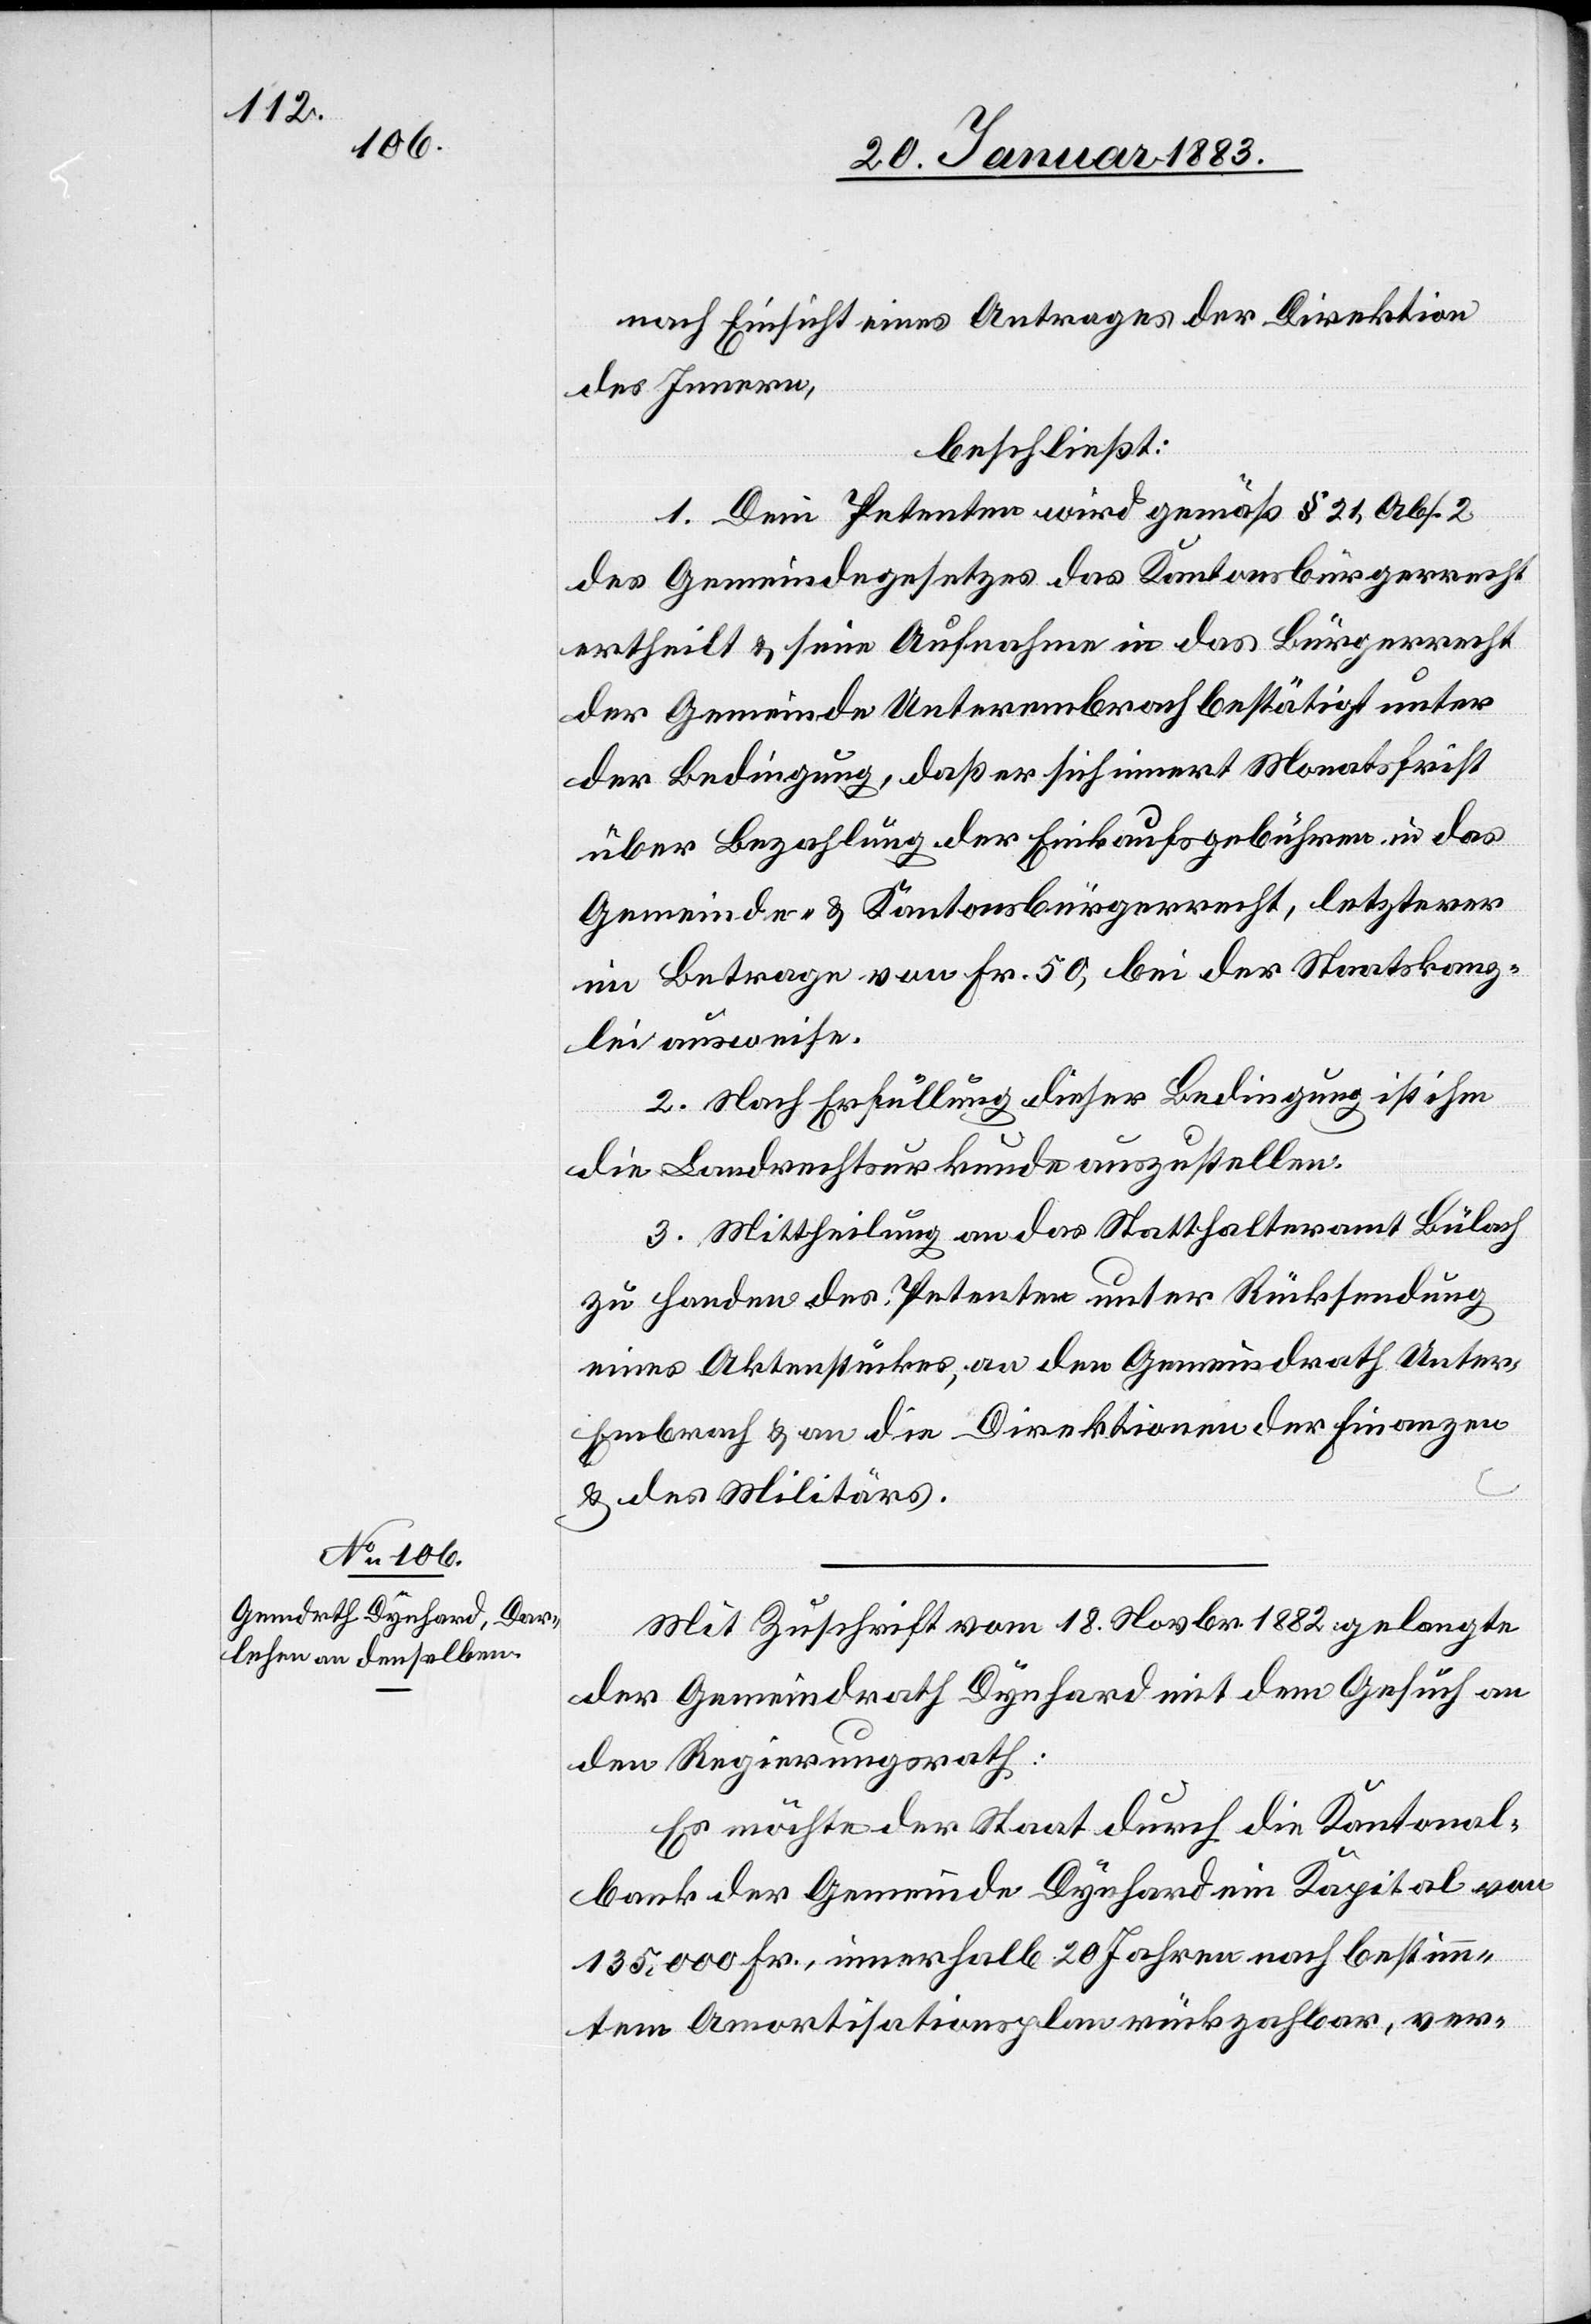
nach Einsicht eines Antrages der Direktion
des Innern,
beschließt:
1. Dem Petenten wird gemäß § 21, Abs. 2
des Gemeindegesetzes das Kantonsbürgerrecht
ertheilt & seine Aufnahme in das Bürgerrecht
der Gemeinde Unterembrach bestätigt unter
der Bedingung, daß er sich innert Monatsfrist
über Bezahlung der Einkaufsgebühren in das
Gemeinde- & Kantonsbürgerrecht, letzterer
im Betrage von Fr. 50, bei der Staatskanz¬
lei ausweise.
2. Nach Erfüllung dieser Bedingung ist ihm
die Landrechtsurkunde auszustellen.
3. Mittheilung an das Statthalteramt Bülach
zu Handen des Petenten unter Rücksendung
eines Aktenstückes, an den Gemeindrath Unter¬
embrach & an die Direktionen der Finanzen
& des Militärs.
Mit Zuschrift vom 18. Novbr. 1882 gelangte
der Gemeindrath Dynhard mit dem Gesuch an
den Regierungsrath:
Es möchte der Staat durch die Kantonal¬
bank der Gemeinde Dynhard ein Kapital von
135,000 Fr., innerhalb 20 Jahren nach bestimm¬
tem Amortisationsplan rückzahlbar, ver-